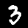
Label: 3